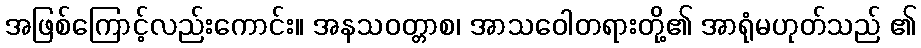
အဖြစ်ကြောင့်လည်းကောင်း။ အနသဝတ္တာစ၊ အာသဝေါတရားတို့၏ အာရုံမဟုတ်သည် ၏